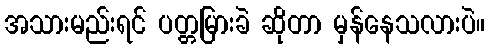
အသားမည်းရင် ပတ္တမြားခဲ ဆိုတာ မှန်နေသလားပဲ။